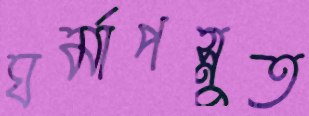
ঘর্মাপস্নুত